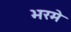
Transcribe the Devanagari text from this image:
भरमे